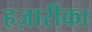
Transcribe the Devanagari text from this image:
हज़ारीका